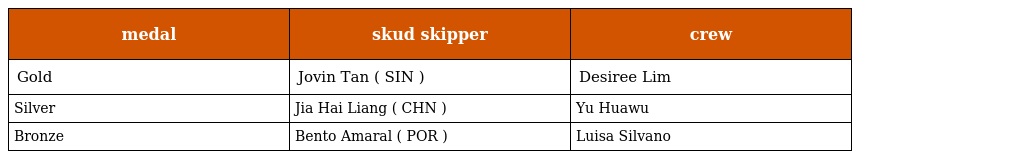
| medal | skud skipper | crew |
 | --- | --- | --- |
 | Gold | Jovin Tan ( SIN ) | Desiree Lim |
 | Silver | Jia Hai Liang ( CHN ) | Yu Huawu |
 | Bronze | Bento Amaral ( POR ) | Luisa Silvano |